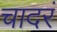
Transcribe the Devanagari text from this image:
चादरं